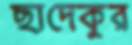
ছাদেকুর